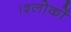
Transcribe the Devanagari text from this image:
।श्लोकों